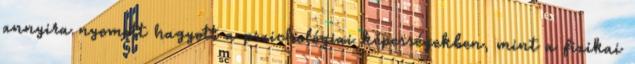
annyira nyomott hagyott a pszichológiai képességekben, mint a ﬁzikai